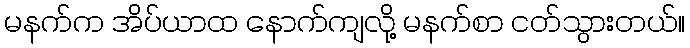
မနက်က အိပ်ယာထ နောက်ကျလို့ မနက်စာ ငတ်သွားတယ်။